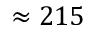
\approx 2 1 5